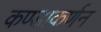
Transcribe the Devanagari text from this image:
कण्डाकर्णन